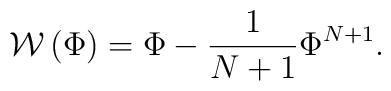
{\mathcal W}\left(\Phi\right)=\Phi-\frac{1}{N+1}\Phi^{N+1}.